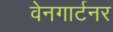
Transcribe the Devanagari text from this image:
वेनगार्टनर